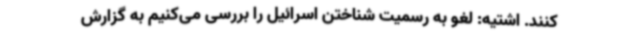
کنند. اشتیه: لغو به رسمیت شناختن اسرائیل را بررسی می‌کنیم به گزارش